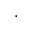
\cdot